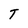
Character: T